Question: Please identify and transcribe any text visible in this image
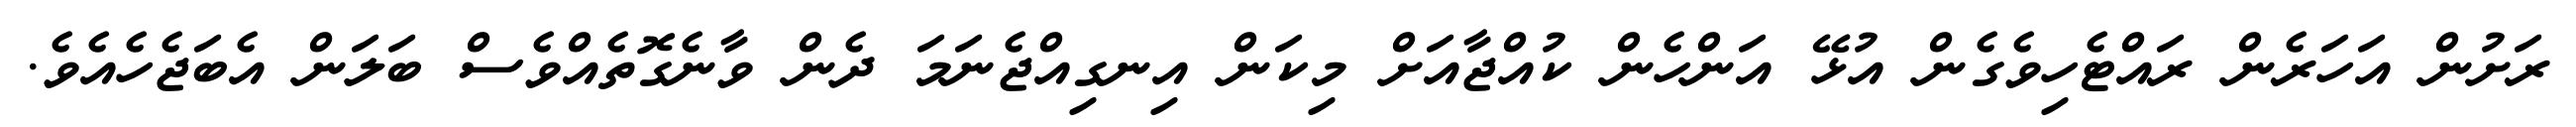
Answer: ރަށުން އަހަރެން ރައްޓެހިވެގެން އުޅޭ އަންހެން ކުއްޖާއަށް މިކަން އިނގިއްޖެނަމަ ދެން ވާނެގޮތެއްވެސް ބަލަން އެބަޖެހެއެވެ.